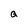
Character: a